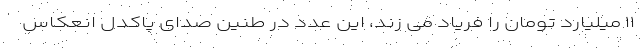
۱۱ میلیارد تومان را فریاد می زند، این عدد در طنین صدای پاکدل انعکاس